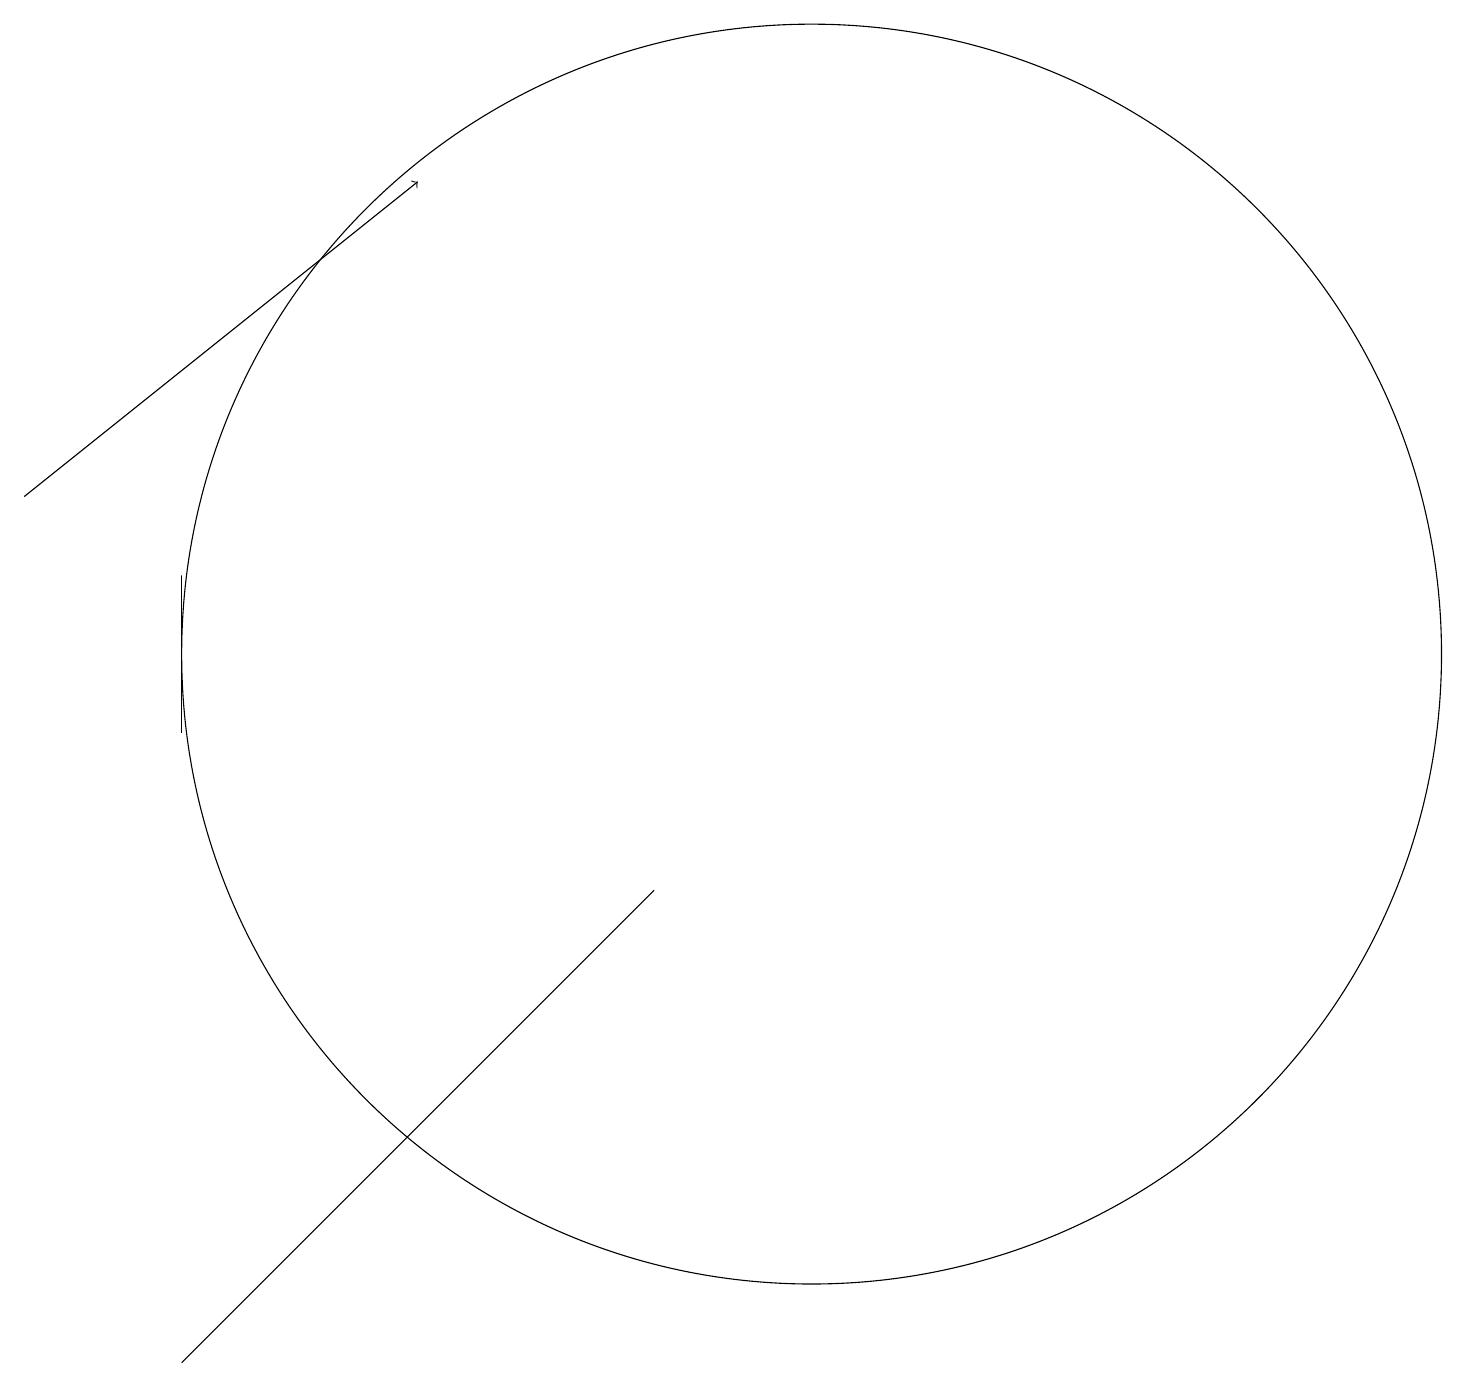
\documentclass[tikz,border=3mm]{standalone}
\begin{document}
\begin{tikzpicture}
\draw[->] (1,13) -- (6,17);
\draw (3,2) -- (9,8) -- (7,6) -- cycle;
\draw (3,12) rectangle (3,10);
\draw (11,11) circle (8);
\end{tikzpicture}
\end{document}